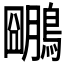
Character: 𪆌